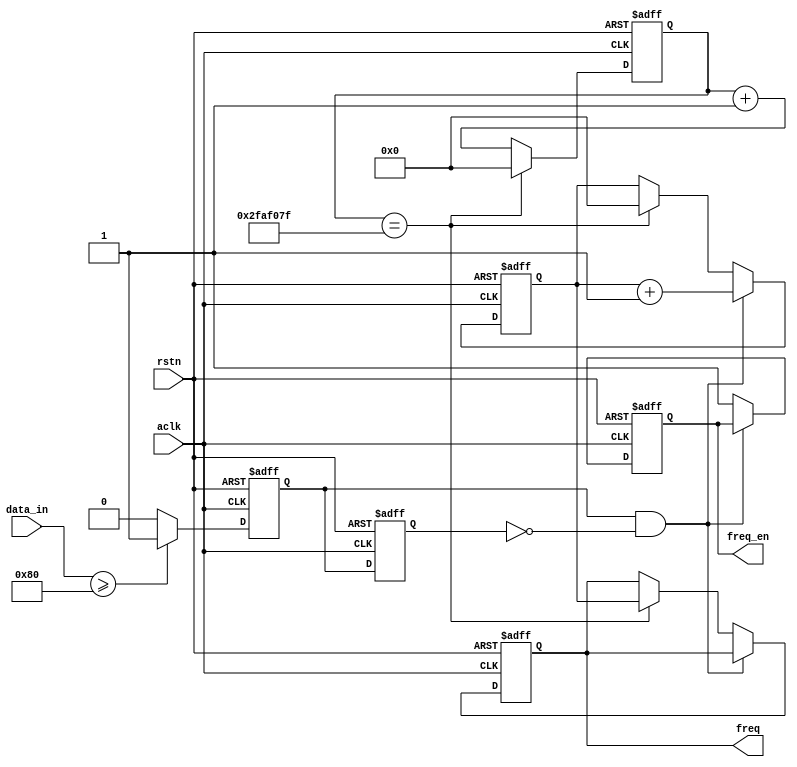
`timescale 1ns/1ps




//aclk freq = 50MHz
// calculation time = 1s



module freqcalc (
    input aclk,
    input rstn,
    input [7:0] data_in,
    output reg freq_en,
    output reg [31:0] freq
);

reg data_in_r0;
reg data_in_r1;

reg [31:0] count1;
reg [31:0] count2;        


// change the data to the pulse
always @(posedge aclk or negedge rstn) begin
    if (~rstn) begin
        data_in_r0 <= 'd0;
        data_in_r1 <= 'd0;     
    end
    else begin
        if(data_in >= 8'b1000_0000)begin
            data_in_r0 <= 1'b1;
            data_in_r1 <= data_in_r0;
        end
        else begin
            data_in_r0 <= 1'b0;
            data_in_r1 <= data_in_r0;
        end
    end
end

// count1 for 1s 
always @(posedge aclk or negedge rstn) begin
    if (~rstn) begin
        count1 <= 'd0;
    end
    else begin
        if(count1 == 50_000_000 - 1)
            count1 <= 'd0;
        else
            count1 <= count1 + 1'b1;
    end
        
end

//count2 for freq
always @(posedge aclk or negedge rstn) begin
    if(~rstn)begin
        count2 <= 'd0;
        freq_en <= 1'b1;
        freq <= 'd0;
    end
    else begin
        if((data_in_r0 == 1'b1) && (data_in_r1 == 1'b0))
            count2 <= count2 + 1'b1;
        else begin 
            if(count1 == 50_000_000 - 1)begin
                freq <= count2;
                freq_en <= 1'b1;
                count2 <= 'd0;
            end
            else begin
                count2 <= count2;
                freq_en <= 1'b1;
            end
        end  
    end

end


endmodule //freqcalc